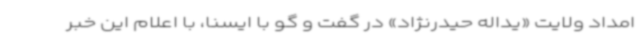
امداد ولایت «یداله حیدرنژاد» در گفت و گو با ایسنا، با اعلام این خبر